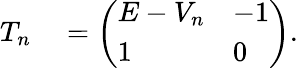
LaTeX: \begin{array}{rl}{T_{n}}&{{}=\left(\begin{array}{ll}{E-V_{n}}&{-1}\\ {1}&{0}\end{array}\right).}\end{array}